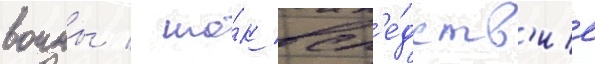
воины / шо́к всл'е́дств'ие